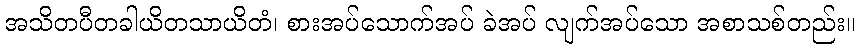
အသိတပီတခါယိတသာယိတံ၊ စားအပ်သောက်အပ် ခဲအပ် လျက်အပ်သော အစာသစ်တည်း။